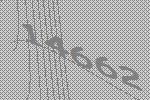
14662